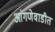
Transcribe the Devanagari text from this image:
आंगणेवाडीत